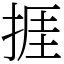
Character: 捱